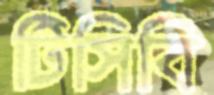
টিসিবি